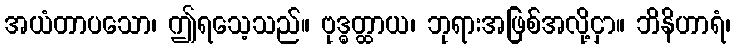
အယံတာပသော၊ ဤရသေ့သည်။ ဗုဒ္ဓတ္ထာယ၊ ဘုရားအဖြစ်အလို့ငှာ။ ဘိနိဟာရံ၊